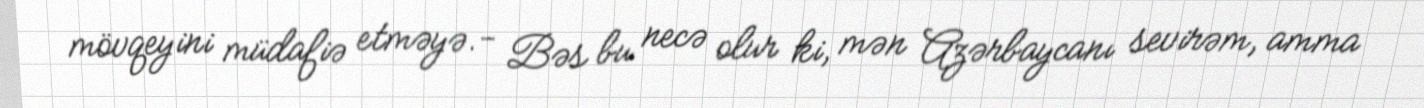
mövqeyini müdafiə etməyə.- Bəs bu necə olur ki, mən Azərbaycanı sevirəm, amma